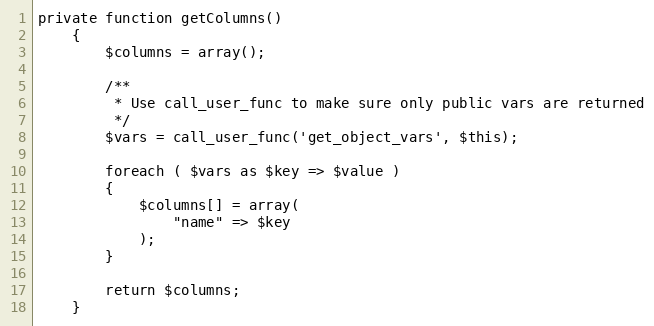
Language: PHP
private function getColumns()
    {
        $columns = array();

        /**
         * Use call_user_func to make sure only public vars are returned
         */
        $vars = call_user_func('get_object_vars', $this);

        foreach ( $vars as $key => $value )
        {
            $columns[] = array(
                "name" => $key
            );
        }

        return $columns;
    }